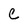
Character: c